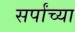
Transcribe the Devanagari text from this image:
सर्पांच्या